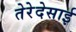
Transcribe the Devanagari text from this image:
तेरेदेसाई